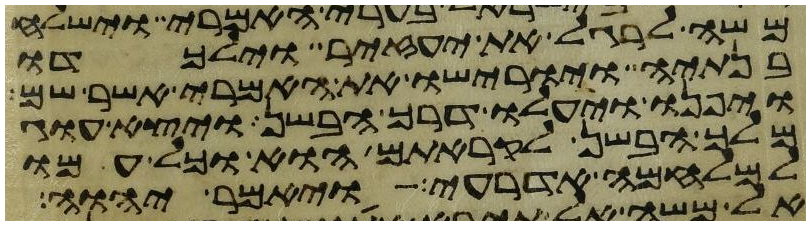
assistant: משה לרגל את יעזיר וילכדו
בנתיה ויורישו את האמרי אשר שם
ויפנו ויעלו דרך הבשן ויצא עוג
מלך הבשן לקראתם הוא וכל עמו
למלחמה אדרעי ויאמר יהוה